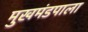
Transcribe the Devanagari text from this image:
मुखमंडपाला